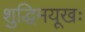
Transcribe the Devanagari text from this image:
शुद्धिमयूखः